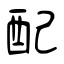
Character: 配